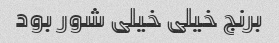
برنج خیلی خیلی شور بود